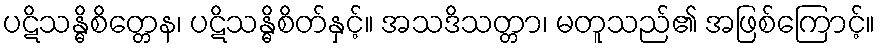
ပဋိသန္ဓိစိတ္တေန၊ ပဋိသန္ဓိစိတ်နှင့်။ အသဒိသတ္တာ၊ မတူသည်၏ အဖြစ်ကြောင့်။